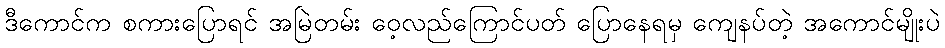
ဒီကောင်က စကားပြောရင် အမြဲတမ်း ဝေ့လည်ကြောင်ပတ် ပြောနေရမှ ကျေနပ်တဲ့ အကောင်မျိုးပဲ